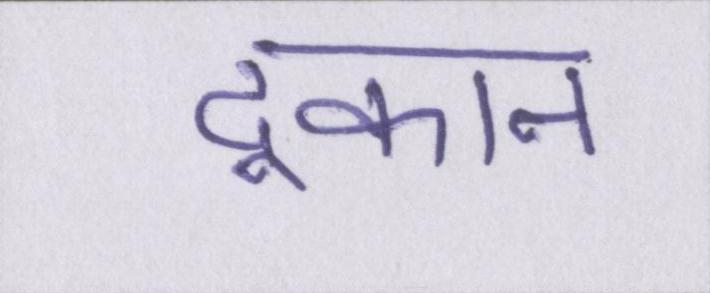
दूकान